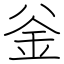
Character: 釡